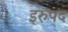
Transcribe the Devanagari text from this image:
इरुपद